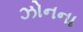
ઝોનના